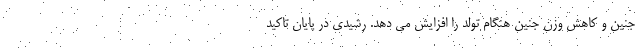
جنین و کاهش وزن جنین هنگام تولد را افزایش می دهد. رشیدی در پایان تاکید